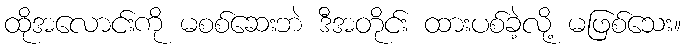
ထိုအလောင်းကို မစစ်ဆေးဘဲ ဒီအတိုင်း ထားပစ်ခဲ့လို့ မဖြစ်သေး။